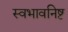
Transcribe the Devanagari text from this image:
स्वभावनिष्ट